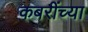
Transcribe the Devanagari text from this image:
कबरींच्या